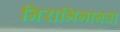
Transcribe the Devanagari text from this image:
निराभिमानता